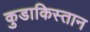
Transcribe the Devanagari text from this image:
कुडाकिस्तान